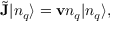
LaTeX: \tilde { { \bf J } } | n _ { q } \rangle = { \bf v } n _ { q } | n _ { q } \rangle ,